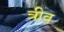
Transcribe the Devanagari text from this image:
त्रीव